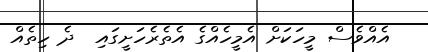
އެއްވެސް މީހަކަށް އެމީހެއްގެ އެތެރެހަށީގައި  ދެ ހިތެއް